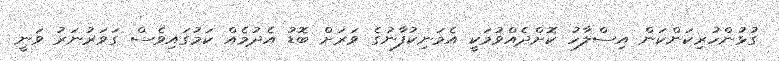
ގުޅުންހުރިކަންކަން އިސްލާހު ކޮށްދެއްވުމަކީ އެމަނިކުފާނުގެ ވަރަށް ބޮޑު އެދުމެއް ކަމުގައިވެސް ގަވަރުނަރު ވަނީ